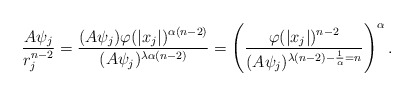
\begin{align*} \frac{A\psi_j}{r^{n-2}_{j}}=\frac{(A\psi_j)\varphi(|x_j|)^{\alpha(n-2)}}{(A\psi_j)^{\lambda\alpha(n-2)}}=\left(\frac{\varphi(|x_j|)^{n-2}}{(A\psi_j)^{\lambda(n-2)-\frac{1}{\alpha}=n}}\right)^\alpha . \end{align*}